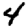
Digit: 4